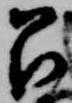
召